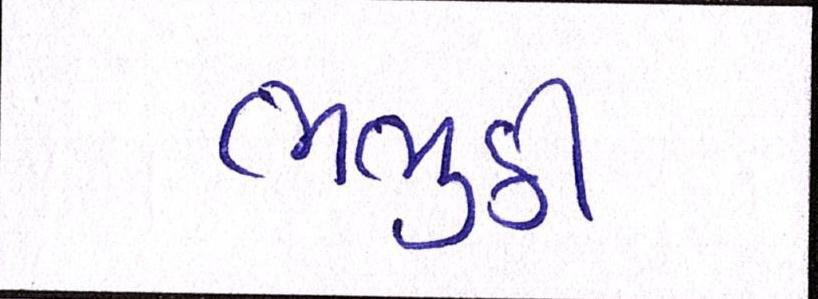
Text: ભભુકી